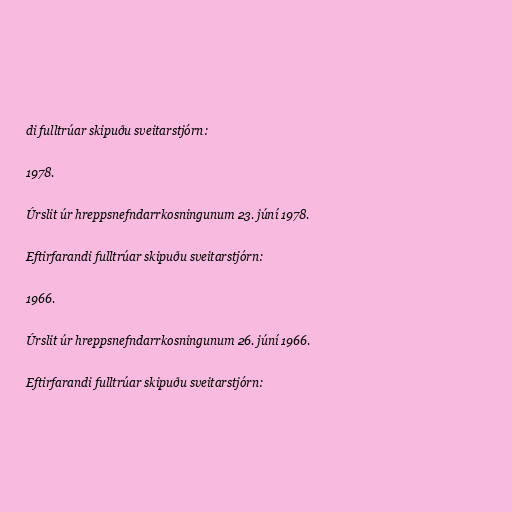
di fulltrúar skipuðu sveitarstjórn:

1978.

Úrslit úr hreppsnefndarrkosningunum 23. júní 1978.

Eftirfarandi fulltrúar skipuðu sveitarstjórn:

1966.

Úrslit úr hreppsnefndarrkosningunum 26. júní 1966.

Eftirfarandi fulltrúar skipuðu sveitarstjórn: